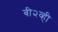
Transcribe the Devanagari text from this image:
बी२व्ही